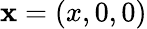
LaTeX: {\mathbf{x}}=(x,0,0)